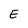
Character: E